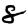
Digit: 8